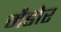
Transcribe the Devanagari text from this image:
मैडोर